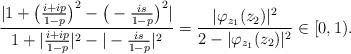
LaTeX: \begin{align*}\frac{|1 + \big(\frac{i+ip}{1-p}\big)^2 - \big(-\frac{is}{1-p}\big)^2|}{1 + |\frac{i+ip}{1-p} |^2 - |-\frac{is}{1-p} |^2}= \frac{|\varphi_{z_1}(z_2)|^2}{2- |\varphi_{z_1}(z_2)|^2}\in [0,1).\end{align*}